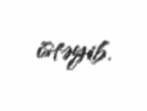
istəyib.